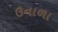
ઉનાળા